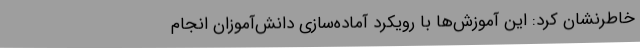
خاطرنشان کرد: این آموزش‌ها با رویکرد آماده‌سازی دانش‌آموزان انجام